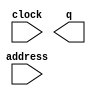
module sword (
	address,
	clock,
	q);

	input	[14:0]  address;
	input	  clock;
	output	[15:0]  q;
`ifndef ALTERA_RESERVED_QIS
// synopsys translate_off
`endif
	tri1	  clock;
`ifndef ALTERA_RESERVED_QIS
// synopsys translate_on
`endif

endmodule